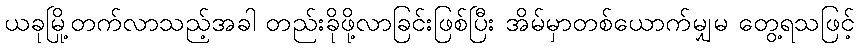
ယခုမြို့တက်လာသည့်အခါ တည်းခိုဖို့လာခြင်းဖြစ်ပြီး အိမ်မှာတစ်ယောက်မျှမ တွေ့ရသဖြင့်